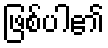
ဖြစ်ပါ၏